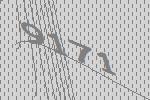
9171